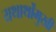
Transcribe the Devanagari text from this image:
यथार्थोंमुखी